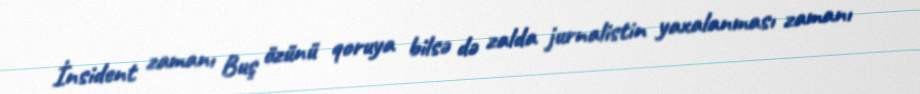
İnsident zamanı Buş özünü qoruya bilsə də zalda jurnalistin yaxalanması zamanı